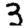
Digit: 3